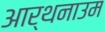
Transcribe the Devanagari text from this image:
आर्थनाउम